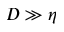
D \gg \eta